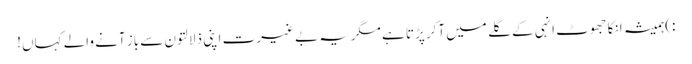
:)ہمیشہ انکا جھوٹ انہی کے گلے میں آکر پڑتا ہے مگریہ بے غیرت اپنی ذلالتون سے باز آنے والے کہاں!